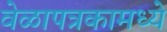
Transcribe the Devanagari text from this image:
वेळापत्रकामध्ये